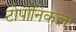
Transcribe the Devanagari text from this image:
टोपोनिकल